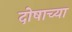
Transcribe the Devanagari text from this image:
दोषाच्या